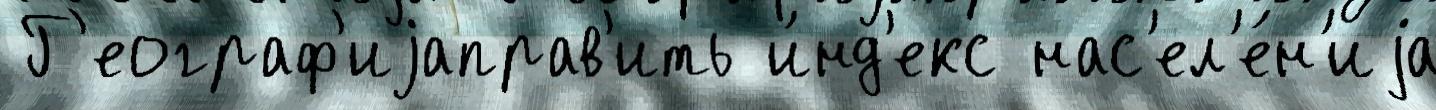
 Г'еограф'иjаправ'ить и́нд'екс нас'ел'е́н'иjа